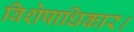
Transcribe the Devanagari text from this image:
विशेषाधिकार।